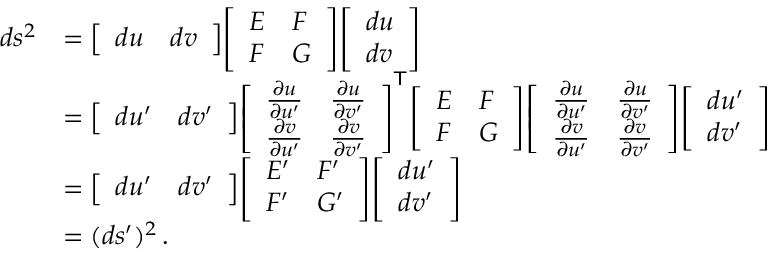
{ \begin{array} { r l } { d s ^ { 2 } } & { = { \left[ \begin{array} { l l } { d u } & { d v } \end{array} \right] } { \left[ \begin{array} { l l } { E } & { F } \\ { F } & { G } \end{array} \right] } { \left[ \begin{array} { l } { d u } \\ { d v } \end{array} \right] } } \\ & { = { \left[ \begin{array} { l l } { d u ^ { \prime } } & { d v ^ { \prime } } \end{array} \right] } { \left[ \begin{array} { l l } { { \frac { \partial u } { \partial u ^ { \prime } } } } & { { \frac { \partial u } { \partial v ^ { \prime } } } } \\ { { \frac { \partial v } { \partial u ^ { \prime } } } } & { { \frac { \partial v } { \partial v ^ { \prime } } } } \end{array} \right] } ^ { \mathsf { T } } { \left[ \begin{array} { l l } { E } & { F } \\ { F } & { G } \end{array} \right] } { \left[ \begin{array} { l l } { { \frac { \partial u } { \partial u ^ { \prime } } } } & { { \frac { \partial u } { \partial v ^ { \prime } } } } \\ { { \frac { \partial v } { \partial u ^ { \prime } } } } & { { \frac { \partial v } { \partial v ^ { \prime } } } } \end{array} \right] } { \left[ \begin{array} { l } { d u ^ { \prime } } \\ { d v ^ { \prime } } \end{array} \right] } } \\ & { = { \left[ \begin{array} { l l } { d u ^ { \prime } } & { d v ^ { \prime } } \end{array} \right] } { \left[ \begin{array} { l l } { E ^ { \prime } } & { F ^ { \prime } } \\ { F ^ { \prime } } & { G ^ { \prime } } \end{array} \right] } { \left[ \begin{array} { l } { d u ^ { \prime } } \\ { d v ^ { \prime } } \end{array} \right] } } \\ & { = ( d s ^ { \prime } ) ^ { 2 } \, . } \end{array} }